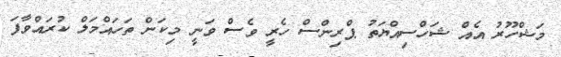
މަޝްހޫރު އެއް ޝަހްސިއްޔަތު ޕްރިންސް ހެރީ ވެސް ވަނީ މިކަން ތަހައްމަލް ކުރައްވާފަ